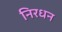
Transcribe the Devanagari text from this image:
निरधन